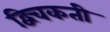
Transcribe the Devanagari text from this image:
द्विचकती